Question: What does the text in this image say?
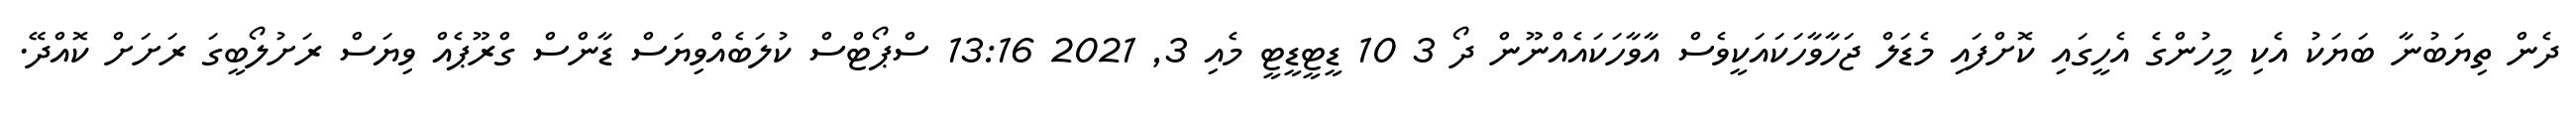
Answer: ދެން ތިޔަބުނާ ބަޔަކު އެކި މީހުންގެ އެހީގައި ކޮށްފައި މެޑަލް ޖަހާވާހަކައަކީވެސް އާވާހަކައެއްނޫން ދޯ 3 10 ޑީޓީޑީޓީ މެއި 3, 2021 13:16 ސްޕޯޓްސް ކުލަބެއްވިޔަސް ޑާންސް ގްރޫޕެއް ވިޔަސް ރަށުލޯބީގަ ރަށަށް ކޮއްދޭ.